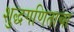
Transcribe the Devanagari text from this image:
शुद्धगणिताचा